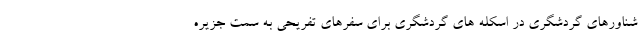
شناورهای گردشگری در اسکله های گردشگری برای سفرهای تفریحی به سمت جزیره